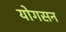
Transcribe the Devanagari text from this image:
योगसन